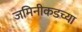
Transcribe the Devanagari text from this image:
जमिनीकडच्या